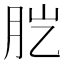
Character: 𦙏